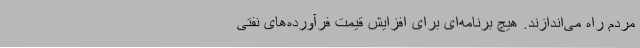
مردم راه می‌اندازند. هیچ برنامه‌ای برای افزایش قیمت فرآورده‌های نفتی